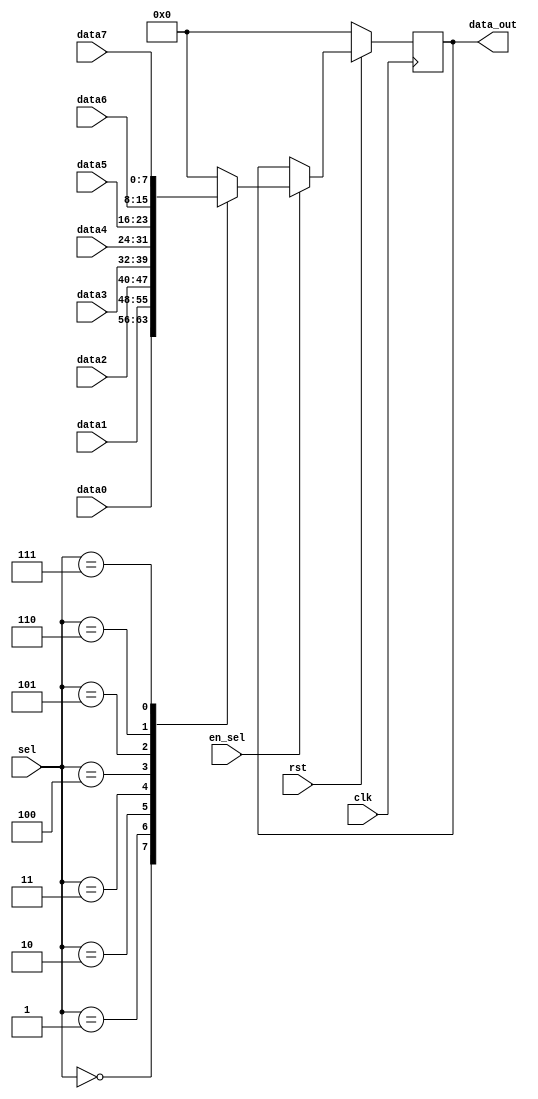
//
// Verilog Module mopshub_lib.mux32_Nbit
//
// Created:
//          by - dcs.dcs (chipdev2.physik.uni-wuppertal.de)
//          at - 22:55:59 07/24/21
//
// using Mentor Graphics HDL Designer(TM) 2019.4 (Build 4)
//

`resetall
`timescale 1ns/10ps
module mux8_1_8bit( 
  // Port Declarations
  input   wire            clk, 
  input   wire            rst, 
  input   wire    [7:0]  data0, 
  input   wire    [7:0]  data1, 
  input   wire    [7:0]  data2, 
  input   wire    [7:0]  data3, 
  input   wire    [7:0]  data4, 
  input   wire    [7:0]  data5, 
  input   wire    [7:0]  data6, 
  input   wire    [7:0]  data7,  
  input   wire    [7:0]   sel, 
  input   wire    en_sel, 
  output  wire    [7:0]  data_out
  );
  // Internal Declarations
  reg [7:0] data_out_r;
  initial data_out_r =8'b0;
  assign data_out = data_out_r;
  /////////////////////////////////////////////////////////////////
always @ (posedge clk)
if (!rst) data_out_r <=16'b0;
else
  begin 
    if (en_sel)
    case (sel)
      8'h0  : data_out_r<=data0;
      8'h1  : data_out_r<=data1;
      8'h2  : data_out_r<=data2;
      8'h3  : data_out_r<=data3;
      8'h4  : data_out_r<=data4;
      8'h5  : data_out_r<=data5;
      8'h6  : data_out_r<=data6;
      8'h7  : data_out_r<=data7;
      
      default : data_out_r<=8'b0;
      
    endcase
  else  data_out_r <=data_out_r;
  end
  
endmodule